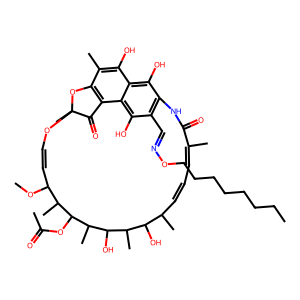
SMILES: CCCCCCCCON=Cc1c2c(O)c3c(O)c(C)c4c(c3c1O)C(=O)C(C)(OC=CC(OC)C(C)C(OC(C)=O)C(C)C(O)C(C)C(O)C(C)C=CC=C(C)C(=O)N2)O4
Inhibits HIV replication: No